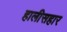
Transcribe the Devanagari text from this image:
हालीसहार